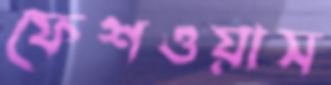
ফেশওয়াস